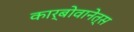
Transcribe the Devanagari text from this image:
कार्बोवानेत्स